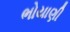
ભોયાણી